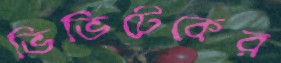
ভিভিটেকের